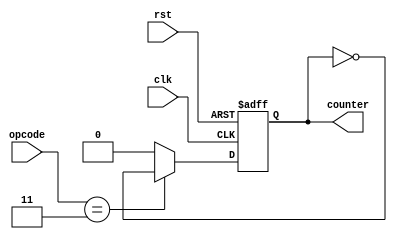
module SORT_counter(input clk, rst, input [3:0] opcode, output reg counter);
    always @(posedge clk, posedge rst) begin
        if (rst)
            counter <= 0;
        else begin
            if (opcode == 4'b0011) begin
                counter <= ~counter;
            end
            else
              counter <= 0;
        end     
    end
endmodule